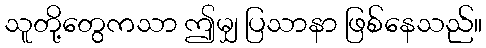
သူတို့တွေကသာ ဤမျှ ပြသာနာ ဖြစ်နေသည်။